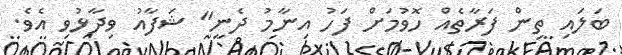
ބަލައި ތިން ފަރާތެއް ހޮވުމަށް ފަހު އިނާމު ދެނީ" ޝަފާއު ވިދާޅުވި އެވެ.